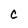
Character: C